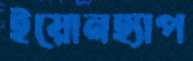
ইয়োনহ্যাপ